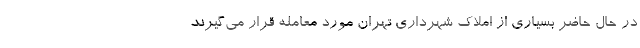
در حال حاضر بسیاری از املاک شهرداری تهران مورد معامله قرار می‌گیرند